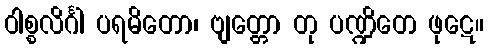
ဝါစ္စလိင်္ဂါ ပရမိတော၊ ဗျတ္တော တု ပဏ္ဍိတေ ဖုဋေ။